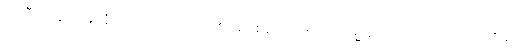
အညီအညွတ်အာရုံ၌ ထားတတ်သည်၏ အဖြစ်ကြောင့်။ ဧကာရမ္မ ဏေ၊ ၌။ သမောသရဏေန၊